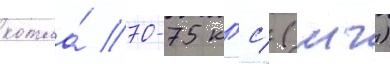
котла́ 70-75 кгс/ (мч)